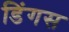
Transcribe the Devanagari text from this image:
डिंगस